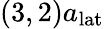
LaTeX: (3,2)a_{\mathrm{lat}}